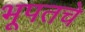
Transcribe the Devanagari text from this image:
भूपतचे